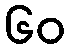
၆၀